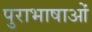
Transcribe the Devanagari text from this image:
पुराभाषाओं